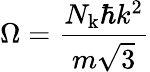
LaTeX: \Omega=\frac{N_{\mathrm{k}}\hbar k^{2}}{m\sqrt{3}}